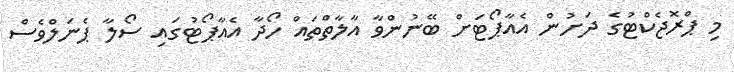
މި ޕްރޮޖެކްޓުގެ ދަށުން އެއާޕޯޓަށް ބޭނުންވާ އާލާތްތައް ހޯދާ އެއާޕޯޓުގައި ސޯލާ ޕެނަލްވެސް